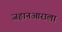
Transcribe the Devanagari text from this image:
जहानआराला